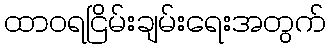
ထာဝရငြိမ်းချမ်းရေးအတွက်